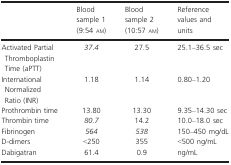
|  | Blood sample 1 (9:54 am) | Blood sample 2 (10:57 am) | Reference values and units |
 | --- | --- | --- | --- |
 | Activated Partial Thromboplastin Time (aPTT) | 37.4 | 27.5 | 25.1–36.5 sec |
 | International Normalized Ratio (INR) | 1.18 | 1.14 | 0.80–1.20 |
 | Prothrombin time | 13.80 | 13.30 | 9.35–14.30 sec |
 | Thrombin time | 80.7 | 14.2 | 10.0–18.0 sec |
 | Fibrinogen | 564 | 538 | 150–450 mg/dL |
 | D‐dimers | <250 | 355 | <500 ng/mL |
 | Dabigatran | 61.4 | 0.9 | ng/mL |